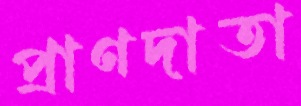
প্রাণদাতা